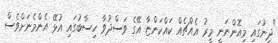
"ދީނުގައި މިއޮންނަނީ މީރު އެއްޗެއް ކައްކަންޏާ އޭގެ ވަސްދުވާ ހިސާބުގައި އުޅޭ އެންމެނަށްވެސް